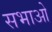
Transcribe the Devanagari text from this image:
सभाओ